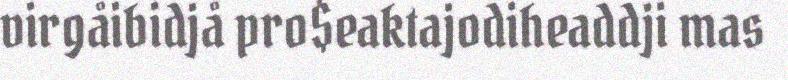
virgåibidjå pro$eaktajodiheaddji mas